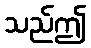
သည်ဤ